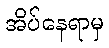
အိပ်နေရာမှ